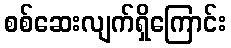
စစ်ဆေးလျက်ရှိကြောင်း